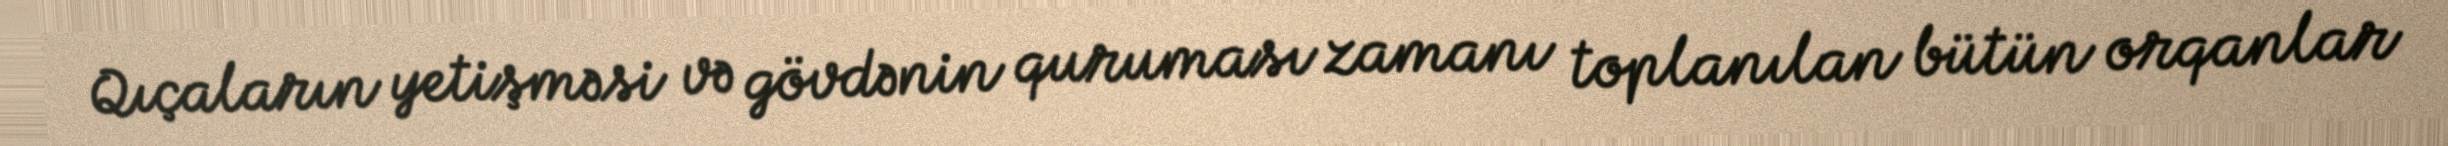
Qıçaların yetişməsi və gövdənin quruması zamanı toplanılan bütün orqanlar